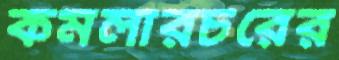
কমলারচরের